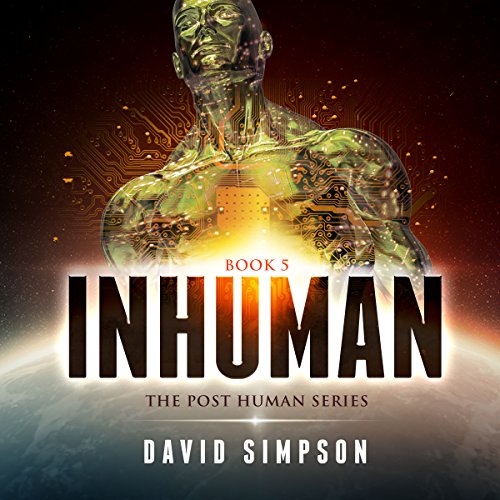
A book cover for Inhuman: Post-Human Series, Book 5; David Simpson; Mystery, Thriller & Suspense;